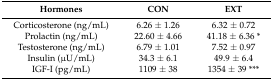
<table><thead><tr><td><b>Hormones</b></td><td><b>CON</b></td><td><b>EXT</b></td></tr></thead><tbody><tr><td>Corticosterone (ng/mL)</td><td>6.26 ± 1.26</td><td>6.32 ± 0.72</td></tr><tr><td>Prolactin (ng/mL)</td><td>22.60 ± 4.66</td><td>41.18 ± 6.36 *</td></tr><tr><td>Testosterone (ng/mL)</td><td>6.79 ± 1.01</td><td>7.52 ± 0.97</td></tr><tr><td>Insulin (μU/mL)</td><td>34.3 ± 6.1</td><td>49.9 ± 6.4</td></tr><tr><td>IGF-I (pg/mL)</td><td>1109 ± 38</td><td>1354 ± 39 ***</td></tr></tbody></table>